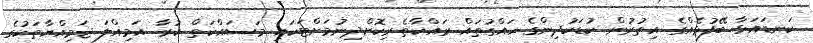
ކަނޑައަޅާ ބޭފުޅެއްގެ އިތުރުން ކުޑަކުދިންގެ ހައްގުތައް ރައްކާތެރިކޮށްދިނުމަށްޓަކައި މަސައްކަތް ކުރާ އަމިއްލަ ޖަމިއްޔާތަކުގެ